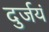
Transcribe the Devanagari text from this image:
दुर्जयं